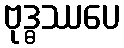
ဗုဒ္ဓဿပေ